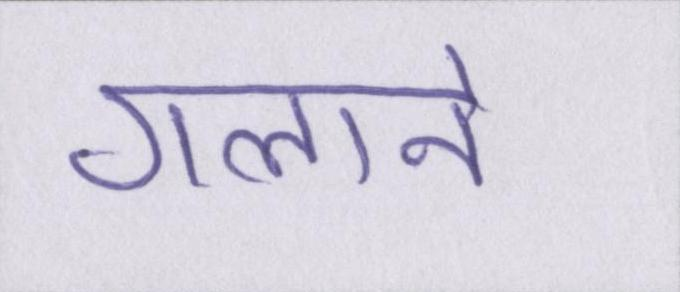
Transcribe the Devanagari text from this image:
गलाने